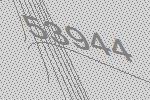
53944